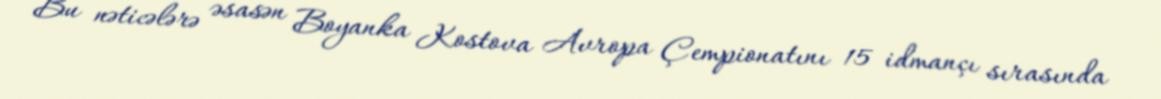
Bu nəticələrə əsasən Boyanka Kostova Avropa Çempionatını 15 idmançı sırasında